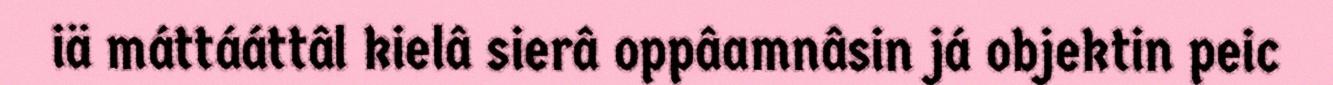
iä máttááttâl kielâ sierâ oppâamnâsin já objektin peic